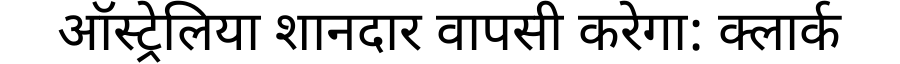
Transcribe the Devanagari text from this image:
ऑस्ट्रेलिया शानदार वापसी करेगा: क्लार्क